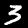
Digit: 3